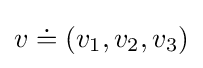
v\doteq (v_{1},v_{2},v_{3})